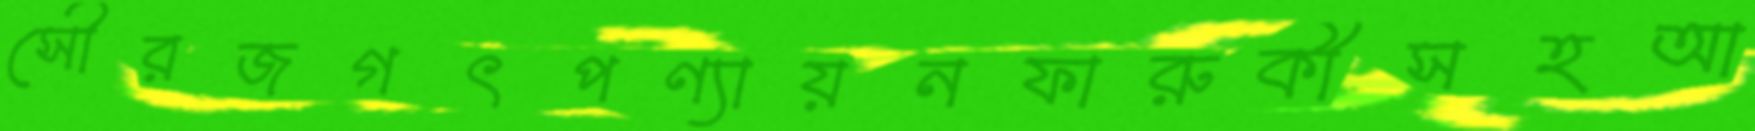
সৌরজগৎপণ্যায়নফারুকীসহআ